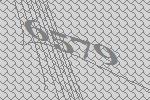
6579